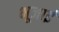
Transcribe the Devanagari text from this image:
भूजाई